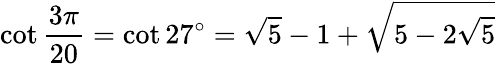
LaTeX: \cot{\frac{3\pi}{20}}=\cot 27^{\circ}={\sqrt{5}}-1+{\sqrt{5-2{\sqrt{5}}}}